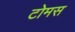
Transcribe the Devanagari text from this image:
टोमस